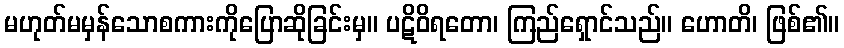
မဟုတ်မမှန်သောစကားကိုပြောဆိုခြင်းမှ။ ပဋိဝိရတော၊ ကြည်ရှောင်သည်။ ဟောတိ၊ ဖြစ်၏။